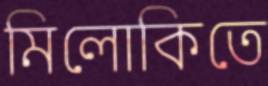
মিলোকিতে